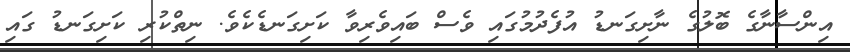
އިންސާނާގެ ބޮލުގެ ނާށިގަނޑު އުފެދުމުގައި ވެސް ބައިވެރިވާ ކަށިގަނޑެކެވެ. ނިތްކުރި ކަށިގަނޑު ގައި